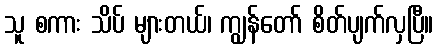
သူ စကား သိပ် များတယ်၊ ကျွန်တော် စိတ်ပျက်လှပြီ။